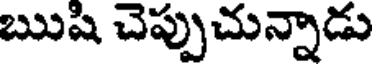
ఋషి చెప్పుచున్నాడు